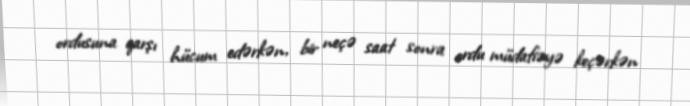
ordusuna qarşı hücum edərkən, bir neçə saat sonra ordu müdafiəyə keçərkən